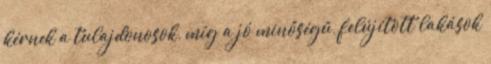
kérnek a tulajdonosok, míg a jó minőségű, felújított lakások